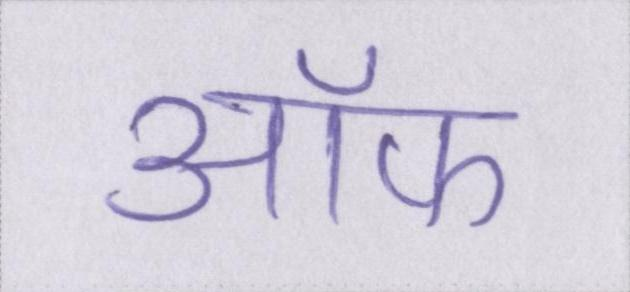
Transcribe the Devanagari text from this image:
ऑफ